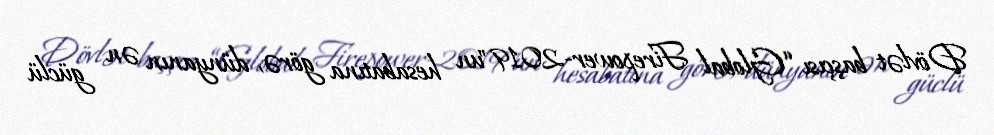
Dövlət başçısı “Global Firepower-2019"un hesabatına görə, dünyanın ən güclü